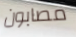
مصابون